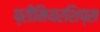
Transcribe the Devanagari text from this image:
प्रीमियरशिप्स